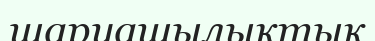
шаруашылықтық